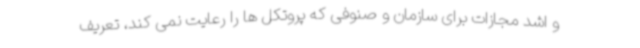
و اشد مجازات برای سازمان و صنوفی که پروتکل ها را رعایت نمی کند، تعریف